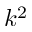
k ^ { 2 }